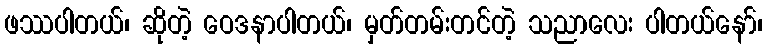
ဖဿပါတယ်၊ ဆိုတဲ့ ဝေဒနာပါတယ်၊ မှတ်တမ်းတင်တဲ့ သညာလေး ပါတယ်နော်၊